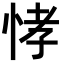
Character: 𭜸